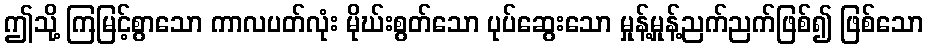
ဤသို့ ကြမြင့်စွာသော ကာလပတ်လုံး မိုဃ်းစွတ်သော ပုပ်ဆွေးသော မှုန့်မှုန့်ညက်ညက်ဖြစ်၍ ဖြစ်သော